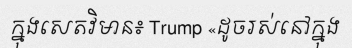
ក្នុងសេតវិមាន៖ Trump «ដូចរស់នៅក្នុង